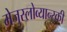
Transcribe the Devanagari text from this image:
मेजुस्लोव्यान्स्की